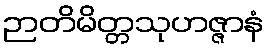
ဉာတိမိတ္တသုဟဇ္ဇာနံ